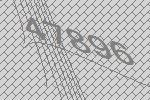
47896